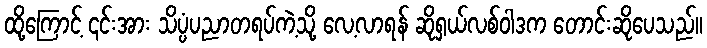
ထို့ကြောင့် ၎င်းအား သိပ္ပံပညာတရပ်ကဲ့သို့ လေ့လာရန် ဆိုရှယ်လစ်ဝါဒက တောင်းဆိုပေသည်။